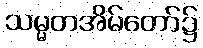
သမ္မတအိမ်တော်၌